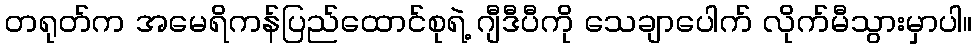
တရုတ်က အမေရိကန်ပြည်ထောင်စုရဲ့ ဂျီဒီပီကို သေချာပေါက် လိုက်မီသွားမှာပါ။